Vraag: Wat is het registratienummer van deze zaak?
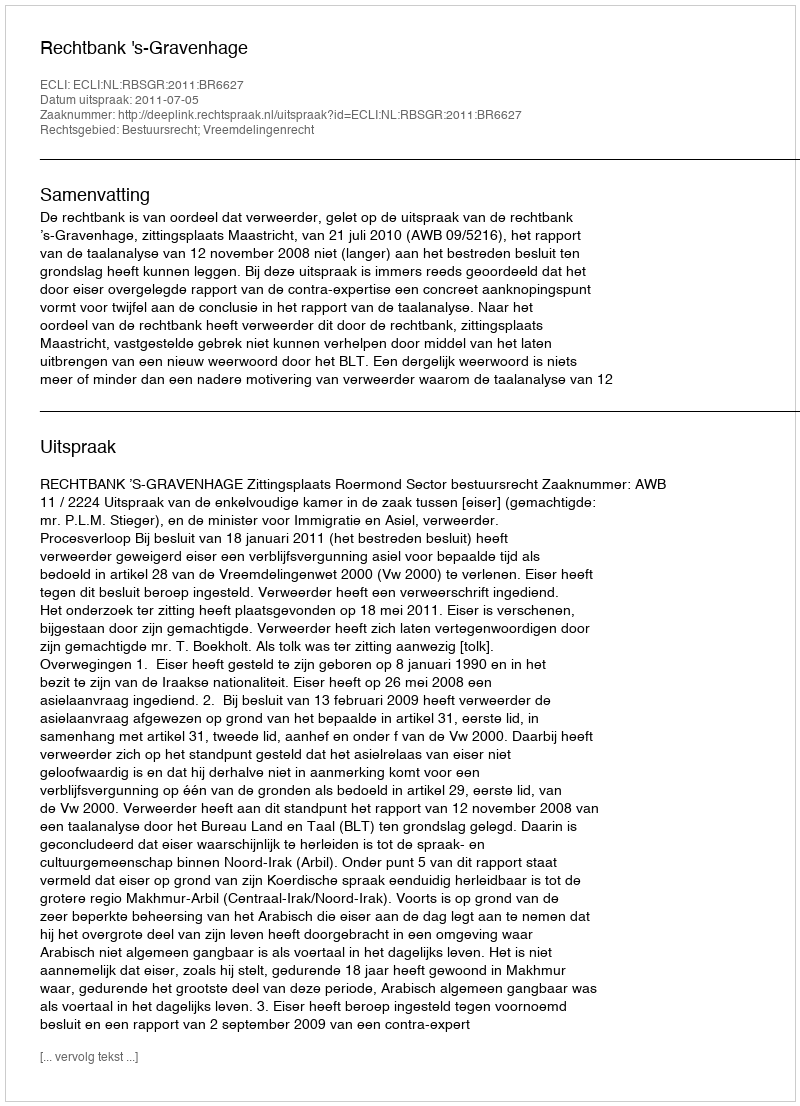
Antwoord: http://deeplink.rechtspraak.nl/uitspraak?id=ECLI:NL:RBSGR:2011:BR6627